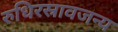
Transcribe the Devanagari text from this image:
रुधिरस्रावजन्य